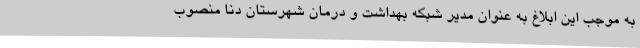
به موجب این ابلاغ به عنوان مدیر شبکه بهداشت و درمان شهرستان دنا منصوب